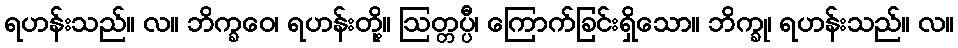
ရဟန်းသည်။ လ။ ဘိက္ခဝေ၊ ရဟန်းတို့။ ဩတ္တပ္ပီ၊ ကြောက်ခြင်းရှိသော။ ဘိက္ခု၊ ရဟန်းသည်။ လ။